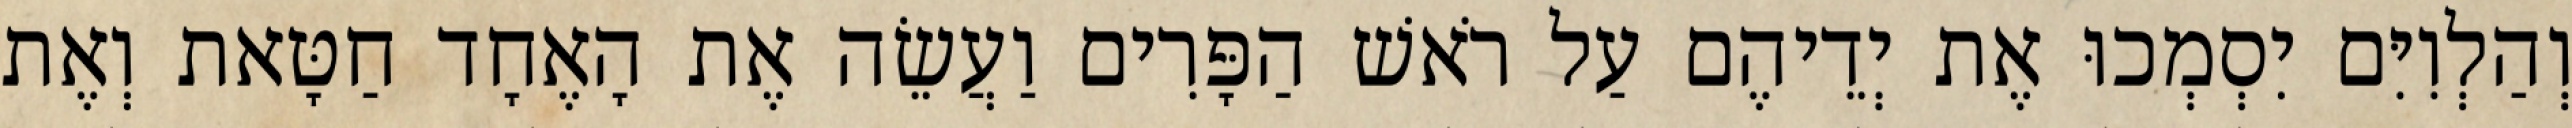
וְהַלְוִיִּם יִסְמְכוּ אֶת יְדֵיהֶם עַל רֹאשׁ הַפָּרִים וַעֲשֵׂה אֶת הָאֶחָד חַטָּאת וְאֶת